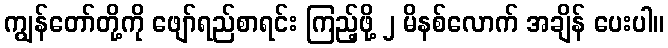
ကျွန်တော်တို့ကို ဖျော်ရည်စာရင်း ကြည့်ဖို့ ၂ မိနစ်လောက် အချိန် ပေးပါ။